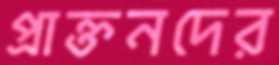
প্রাক্তনদের